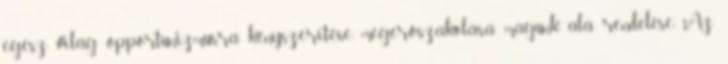
egész világ opportunizmusra kényszerítése, megerőszakolása, magunk alá rendelése. Az